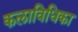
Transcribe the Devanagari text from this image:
कलाविधिका